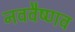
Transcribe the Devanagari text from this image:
नववैष्णव